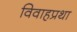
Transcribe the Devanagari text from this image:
विवाहप्रथा